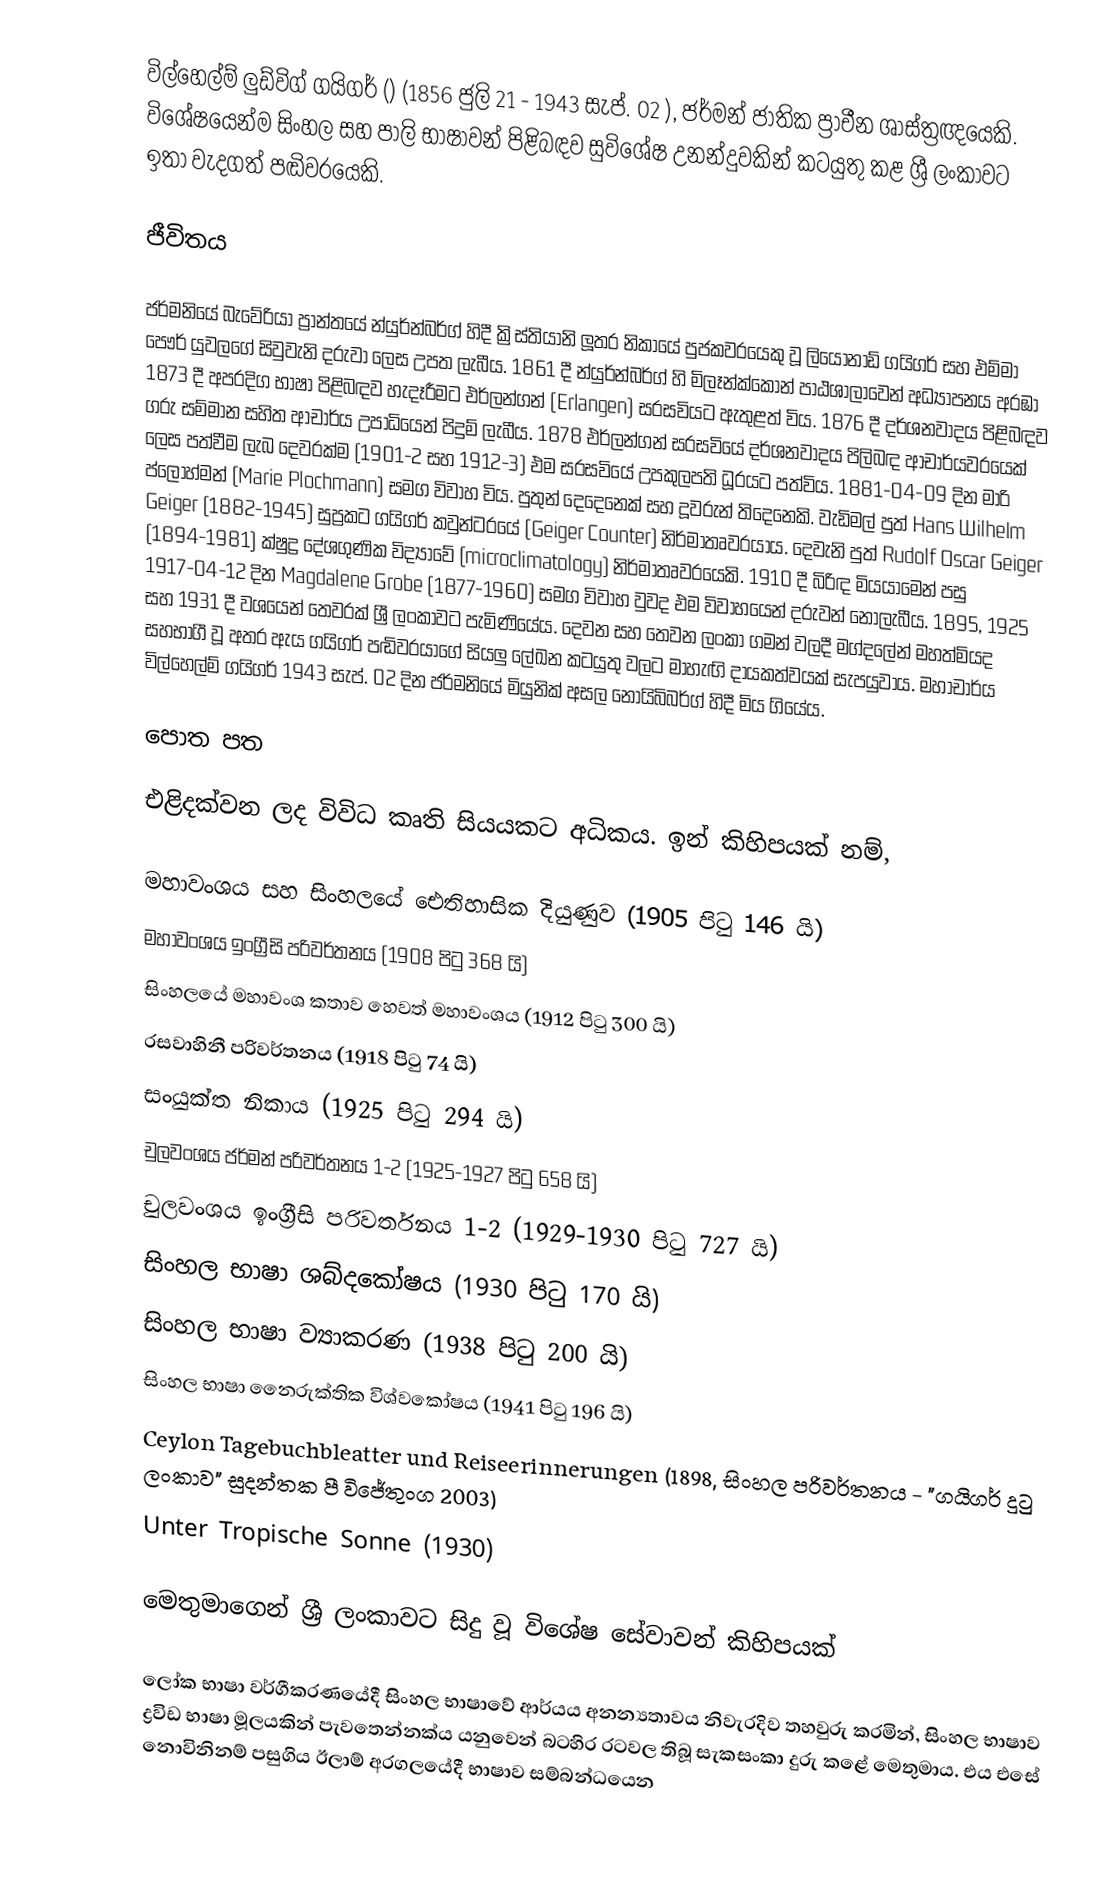
විල්හෙල්ම් ලුඩ්විග් ගයිගර් () (1856 ජුලි 21 - 1943 සැප්‍. 02 ), ජර්මන් ජාතික ප්‍රාචීන ශාස්ත්‍රඥයෙකි. වි‍ශේෂයෙන්ම සිංහල සහ පාලි භාෂාවන් පිළිබඳව සුවිශේෂ උනන්දුවකින් කටයුතු කළ ශ්‍රී ලංකාවට ඉතා වැදගත් පඬිවරයෙකි.

ජීවිතය

ජර්මනියේ බැවේරියා ප්‍රාන්තයේ න්යුර්න්බර්ග් හිදී ක්‍රිස්තියානි ලූතර නිකායේ පුජකවරයෙකු වූ ලියොනාඩ් ගයිගර් සහ එම්මා පෞර් යුවලගේ සිවුවැනි දරුවා ලෙස උපත ලැබීය. 1861 දී න්යුර්න්බර්ග් හි මිලෑන්ක්කොන් පාඨශාලාවෙන් අධ්‍යාපනය අරඹා 1873 දී අපරදිග භාෂා පිළිබඳව හැදෑරීමට එර්ලන්ගන් (Erlangen) සරසවියට ඇතුළත් විය. 1876 දී දර්ශනවාදය පිළිබඳව ගරු සම්මාන සහිත ආචාර්ය උපාධියෙන් පිදුම් ලැබීය. 1878 එර්ලන්ගන් සරසවියේ දර්ශනවාදය පිලිබඳ ආචාර්යවරයෙක් ලෙස පත්වීම ලැබ දෙවරක්ම (1901-2 සහ 1912-3) එම සරසවියේ උපකුලපති ධූරයට පත්විය. 1881-04-09 දින මාරි ප්ලොහ්මන් (Marie Plochmann) සමග විවාහ විය. පුතුන් දෙදෙනෙක් සහ දූවරුන් තිදෙනෙකි. වැඩිමල් පුත් Hans Wilhelm Geiger (1882-1945) සුප්‍රකට ගයිගර් කවුන්ටරයේ (Geiger Counter) නිර්මාතෘවරයාය. දෙවැනි පුත් Rudolf Oscar Geiger (1894-1981) ක්ෂුද්‍ර දේශගුණික විද්‍යාවේ (microclimatology) නිර්මාතෘවරයෙකි. 1910 දී බිරිඳ මියයාමෙන් පසු 1917-04-12 දින Magdalene Grobe (1877-1960) සමග විවාහ වුවද එම විවාහයෙන් දරුවන් නොලැබීය. 1895, 1925 සහ 1931 දී වශයෙන් තෙවරක් ශ්‍රී ලංකාවට පැමිණියේය. දෙවන සහ තෙවන ලංකා ගමන් වලදී මග්දලේන් මහත්මියද සහභාගී වූ අතර ඇය ගයිගර් පඬිවරයාගේ සියලු ලේඛන කටයුතු වලට මාහැඟි දායකත්වයක් සැපයුවාය. මහාචාර්ය විල්හෙල්ම් ගයිගර් 1943 සැප්. 02 දින ජර්මනියේ මියුනික්‌ අසල නොයිබිබර්ග් හිදී මිය ගියේය.

පොත පත

එළිදක්වන ලද විවිධ කෘති සියයකට අධිකය. ඉන් කිහිපයක් නම්,

 මහාවංශය සහ සිංහලයේ ඓතිහාසික දියුණුව (1905 පිටු 146 යි)
 මහාවංශය ඉංග්‍රීසි පරිවර්තනය (1908 පිටු 368 යි)
 සිංහලයේ මහාවංශ කතාව හෙවත් මහාවංශය (1912 පිටු 300 යි)
 රසවාහිනී පරිවර්තනය (1918 පිටු 74 යි)
 සංයුක්ත නිකාය (1925 පිටු 294 යි)
 චුලවංශය ජර්මන් පරිවර්තනය 1-2 (1925-1927 පිටු 658 යි)
 චුලවංශය ඉංග්‍රීසි පරිවර්තනය 1-2 (1929-1930 පිටු 727 යි)
 සිංහල භාෂා ශබ්දකෝෂය (1930 පිටු 170 යි)
 සිංහල භාෂා ව්‍යාකරණ (1938 පිටු 200 යි)
 සිංහල භාෂා නෛරුක්තික විශ්වකෝෂය (1941 පිටු 196 යි)
 Ceylon Tagebuchbleatter und Reiseerinnerungen (1898, සිංහල පරිවර්තනය - "ගයිගර් දුටු ලංකාව" සුදන්තක පී විජේතුංග 2003)
 Unter Tropische Sonne (1930)

මෙතුමාගෙන් ශ්‍රී ලංකාවට සිදු වූ විශේෂ සේවාවන් කිහිපයක්

ලෝක භාෂා වර්ගීකරණයේදී සිංහල භාෂාවේ ‍‌ආර්යය අනන්‍යතාවය නිවැරදිව තහවුරු කරමින්, සිංහල භාෂාව ද්‍රවිඩ භාෂා මූලයකින් පැවතෙන්නක්ය යනුවෙන් බටහිර රටවල තිබූ සැකසංකා දුරු කළේ මෙතුමාය. එය එසේ නොවිනිනම් පසුගිය ඊලාම් අරගලයේදී භාෂාව සම්බන්ධයෙන